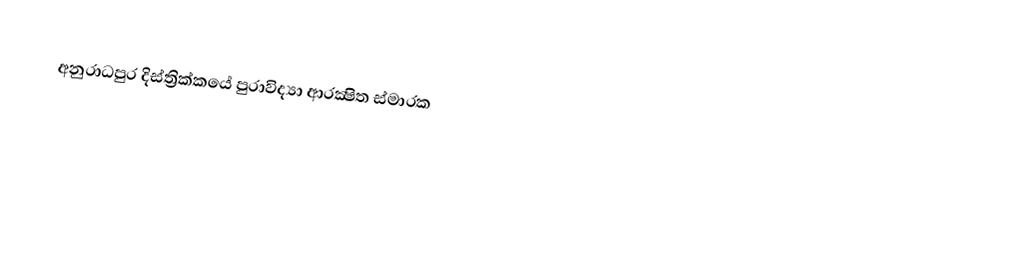
අනුරාධපුර දිස්ත්‍රික්කයේ පුරාවිද්‍යා ආරක්‍ෂිත ස්මාරක